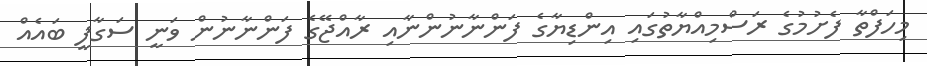
މިހަފްތާ ފެށުމުގެ ރަސްމިއްޔާތުގައި އިންޑިޔާގެ ފަންނާނުންނާއި ރާއްޖޭގެ ފަންނާނުން ވަނީ ސަގާފީ ބައެއް